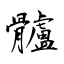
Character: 髗